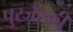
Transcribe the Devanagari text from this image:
पुरजैस्की